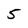
Character: 5